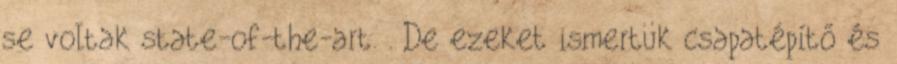
se voltak state-of-the-art. . De ezeket ismertük csapatépítő és